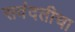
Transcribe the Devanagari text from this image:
सवंदतीचा